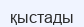
қыстады